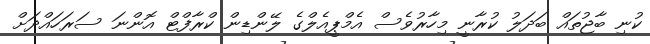
ކުނި ބާޖުތައް ބަދަލު ކުރާނީ މިހާރުވެސް އެމްޕީއެލްގެ ލޭންޑިން ކްރާފްޓް އޮންނަ ސަރަހައްދަށް